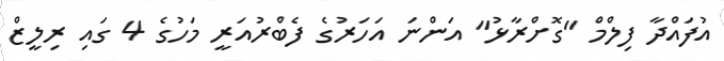
އުފައްދާ ފިލްމް "ގޮށްރާޅު" އަންނަ އަހަރުގެ ފެބްރުއަރީ މަހުގެ 4 ގައި ރިލީޒް